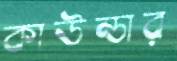
কাউন্ডার